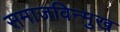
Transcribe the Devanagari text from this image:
समाजविन्मुख